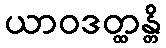
ယာဝဒတ္ထန္တိ